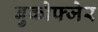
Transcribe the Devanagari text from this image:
बुकोफ्जेर